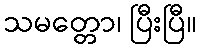
သမတ္တော၊ ပြီးပြီ။